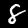
Label: 8